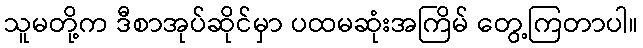
သူမတို့က ဒီစာအုပ်ဆိုင်မှာ ပထမဆုံးအကြိမ် တွေ့ကြတာပါ။